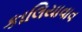
કાલિયાવાવ